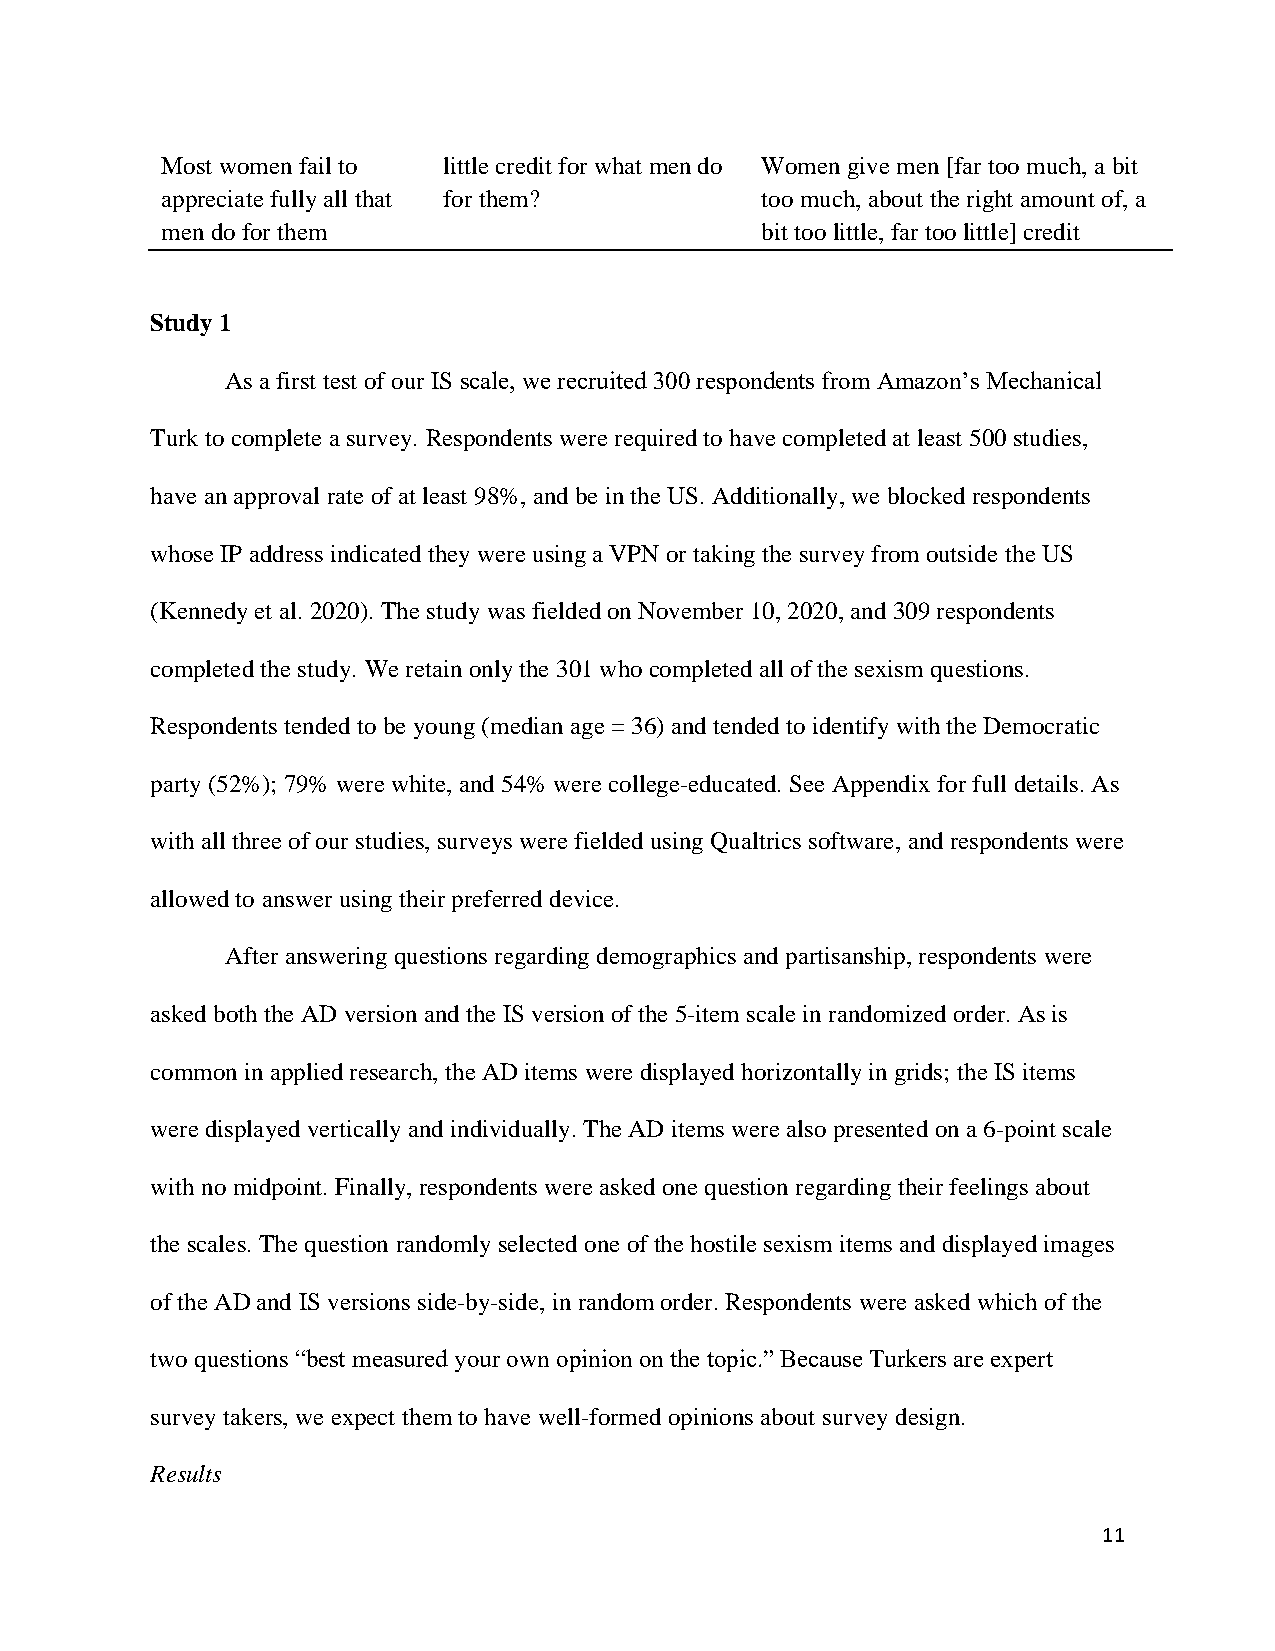
Most women fail to little credit for what men do Women give men [far too much, a bit
 appreciate fully all that for them?    too much, about the right amount of, a
 men do for them                        bit too little, far too little] credit
 Study 1
 As a first test of our IS scale, we recruited 300 respondents from Amazon’s Mechanical
 Turk to complete a survey. Respondents were required to have completed at least 500 studies,
 have an approval rate of at least 98%, and be in the US. Additionally, we blocked respondents
 whose IP address indicated they were using a VPN or taking the survey from outside the US
 (Kennedy et al. 2020). The study was fielded on November 10, 2020, and 309 respondents
 completed the study. We retain only the 301 who completed all of the sexism questions.
 Respondents tended to be young (median age = 36) and tended to identify with the Democratic
 party (52%); 79% were white, and 54% were college-educated. See Appendix for full details. As
 with all three of our studies, surveys were fielded using Qualtrics software, and respondents were
 allowed to answer using their preferred device.
 After answering questions regarding demographics and partisanship, respondents were
 asked both the AD version and the IS version of the 5-item scale in randomized order. As is
 common in applied research, the AD items were displayed horizontally in grids; the IS items
 were displayed vertically and individually. The AD items were also presented on a 6-point scale
 with no midpoint. Finally, respondents were asked one question regarding their feelings about
 the scales. The question randomly selected one of the hostile sexism items and displayed images
 of the AD and IS versions side-by-side, in random order. Respondents were asked which of the
 two questions “best measured your own opinion on the topic.” Because Turkers are expert
 survey takers, we expect them to have well-formed opinions about survey design.
 Results
 11